Medical and sanitary report of the native army of Bengal for the year
Year: 1878
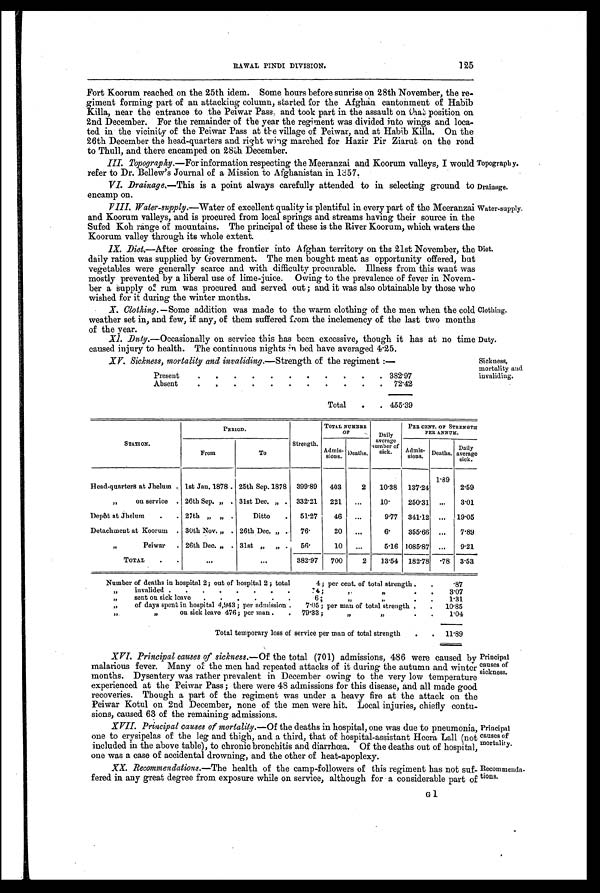
Topography.
Drainage.
Clothing.
Duty.
Principal
causes of
mortality.
Recommenda-
tions.
RAWAL PINDI DIVISION.
125
Fort Koorum reached on the, 25th idem. Some hours before sunrise on 28th November, the re
- g i m e n t f o r m i n g p a r t o f a n a t t a c k i n g c o l u m n , s t a r t e d f o r t h e A f g h a n c a n t o n m e n t o f H a b i b
Killa, near the entrance to the Peiwar Pass, and took part in the assault on that position on
2nd December. For the remainder of the year the regiment was divided into wings and loca-
ted in the vicinity of the Peiwar Pass at the village of Peiwar, and at Habib Killa. On the
26th December the head-quarters and right wing marched for Hazir Pir Ziarut on the road
to Thull, and there encamped on 28th December.
III. Topography. —For information respecting the Meeranzai and Koorum valleys, I would
refer to Dr. Bellew's Journal of a Mission to Afghanistan in 1357.
VI. Drainage. —This is a point always carefully attended to in selecting ground to
encamp on.
VIII. Water-supply.—Water of excellent quality is plentiful in every part of the Meeranzai
and Koorum valleys, and is procured from local springs and streams having their source in the
Sufed Koh range of mountains. The principal of these is the River Koorum, which waters the
Koorum valley through its whole extent.
1X. Diet.—After crossing the frontier into Afghan territory on the 21st November, the
daily ration was supplied by Government. The men bought meat as opportunity offered, but
vegetables were generally scarce and with difficulty procurable. Illness from this want was
mostly prevented by a liberal use of lime-juice. Owing to the prevalence of fever in Novem-
ber a supply of rum was procured and served out; and it was also obtainable by those who
wished for it during the winter months.
Water-supply.
Diet.
X. Clothing. —Some addition was made to the warm clothing of the men when the cold
weather set in, and few, if any, of them suffered from the inclemency of the last two months
of the vear.
XI. Duty. —Occasionally on service this has been excessive, though it has at no time
caused injury to health. The continuous nights in bed have averaged 4.25.
XV. Sickness, mortality and invaliding. —Strength of the regiment :—
Present
.
.
.
.
.
.
.
.
.
.
. 382.97
Absent
.
.
.
.
.
.
.
.
.
.
.
72.42
Total
.
. 455.39
Sickness,
mortality and
invaliding.
STATION.
PERIOD.
Strength.
TOTAL NUMBER
OF
Daily
average
number of
sick.
PER CENT. OF STRENGTH
PER ANNUM.
A d m i s -
s i o n s .
Deaths.
Daily
average
sick.
Admis-
sions.
Deaths.
From
To
Head-quarters at Jhelum . 1st Jan. 1878. 25th Sep. 1878
399.89
403
2
10.38
137.24
1.89
2.59
„
on service . 26th Sep. „ . 31st Dec. „ .
332. 21
221
...
1 0 .
250.31
...
3.01
Depot at Jhelum
.
. 27th „ „ .
Ditto
.
51.27
46
...
9.77
341.12
...
19.05
Detachment at Koorum . 30th Nov. „ . 26th Dec. „
76.
20
„.
6 .
355.66
...
7.89
Peiwar
. 26th Dec. „ . 31st „
„ .
56.
10
. . .
5.16 1085.87
...
9.21
TOTAL
.
.
...
...
382.97
700
2
13.54
182.78
.78
3.53
Number of deaths in hospital 2; out of hospital 2 ; total
4; per cent. of total strength.
.
.87
,, i n v a l i d e d
. . . . .
14 ;
,,
, , .
3.07
,,
sent on sick leave
.
.
.
.
.
.
6;
,,
,,
.
1.31
,,
of days spent in hospital 4,943 ; per admission .
7.05 ; per man of total strength.
.
10.85
,,
,,
on sick leave 476; per man .
.
79'33 ;
,,
,, .
1.04
Total temporary loss of service per man of total strength
.
.
11.89
XVI. Principal causes of sickness. —Of the total (701) admissions, 486 were caused by
malarious fever. Many of the men had repeated attacks of it during the autumn and winter
months. Dysentery was rather prevalent in December owing to the very low temperature
experienced at the Peiwar Pass ; there were 48 admissions for this disease, and all made good
recoveries. Though a part of the regiment was under a heavy fire at the attack on the
Peiwar Kotul on 2nd December, none of the men were hit. Local injuries, chiefly contu-
sions, caused 63 of the remaining admissions.
XVII. Principal causes of mortality. —Of the deaths in hospital, one was due to pneumonia,
one to erysipelas of the leg and thigh, and a third, that of hospital-assistant Heera Lall (not
included in the above table), to chronic bronchitis and diarrhœa. Of the deaths out of hospital,
one was a case of accidental drowning, and the other of heat-apoplexy.
XX. Recommendations. —The health of the camp-followers of this regiment has not suf-
fered in any great degree from exposure while on service, although for a considerable part of
G 1
Principal
causes of
sickness.